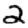
Digit: 2